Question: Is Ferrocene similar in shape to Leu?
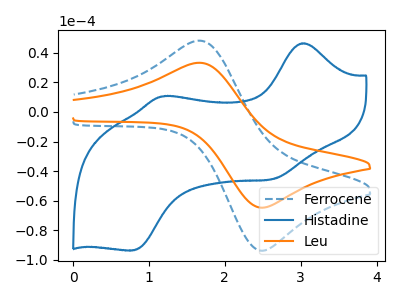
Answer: <think>The blue dashed curve "Ferrocene" has an anodic peak at (1.65V, 48.20uA) and a cathodic peak at (2.50V, -93.85uA). The blue curve "Histadine" has anodic peaks at (3.00V, 46.45uA) (1.20V, 10.60uA) and cathodic peaks at (2.65V, -45.40uA) (0.80V, -93.65uA). The orange curve "Leu" has an anodic peak at (1.65V, 33.25uA) and a cathodic peak at (2.50V, -64.75uA).
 All the peaks in "Ferrocene" have a peak in "Leu" at the same potential. Every peak in "Ferrocene" is higher than every peak in "Leu".</think>
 <answer>"Ferrocene" and "Leu" are similar in shape.</answer>
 <eval>same_shape</eval>